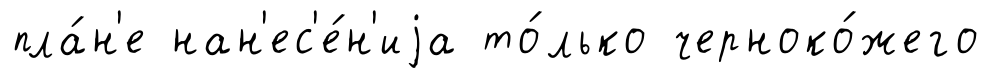
пла́н'е нан'ес'е́н'иjа то́лько черноко́жего